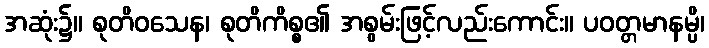
အဆုံး၌။ စုတိဝသေန၊ စုတိကိစ္စ၏ အစွမ်းဖြင့်လည်းကောင်း။ ပဝတ္တမာနမ္ပိ၊